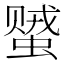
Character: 𬠠